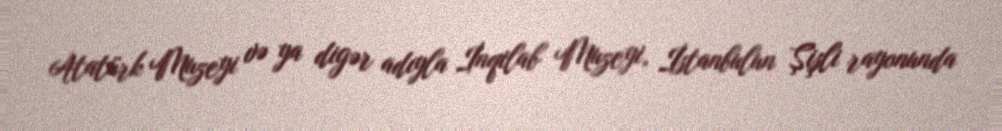
Atatürk Muzeyi və ya digər adıyla İnqilab Muzeyi, İstanbulun Şişli rayonunda